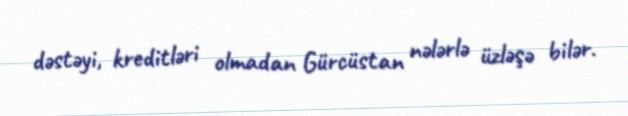
dəstəyi, kreditləri olmadan Gürcüstan nələrlə üzləşə bilər.